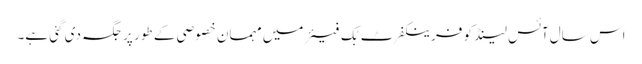
اس سال آئس لینڈ کو فرینکفرٹ بُک فیئر میں مہمان خصوصی کے طور پر جگہ دی گئی ہے۔